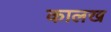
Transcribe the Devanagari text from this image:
कालख